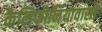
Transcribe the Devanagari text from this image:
कैलिफोर्नियावासी